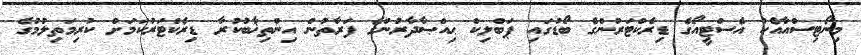
މިނޯޓިސްއާއެކު އެސްޓީއޯގެ ޑިރެކްޓަރުުންގެ ބޯޑުގައި ޕަބްލިކް ޙިއްޞާދާރުންގެ ފަރާތުން އިންތިޚާބުކުރާ ޑިރެކްޓަރުކަމަށް ކުރިމަތިލުމުގެ